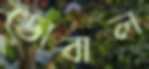
ডোবাল